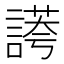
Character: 𧪮